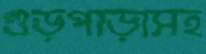
গুড়পাড়াসহ